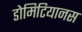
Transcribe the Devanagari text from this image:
डोमिटियानस